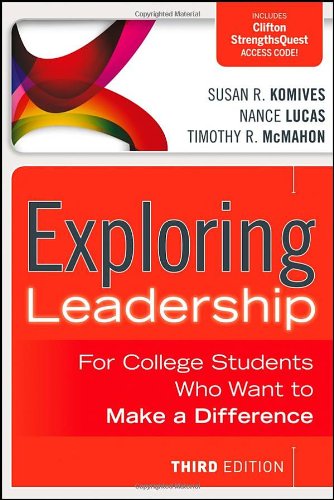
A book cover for Exploring Leadership: For College Students Who Want to Make a Difference; Susan R. Komives; Education & Teaching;